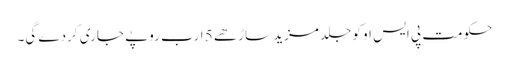
حکومت پی ایس او کو جلد مزید ساڑھے 5 ارب روپے جاری کردے گی۔